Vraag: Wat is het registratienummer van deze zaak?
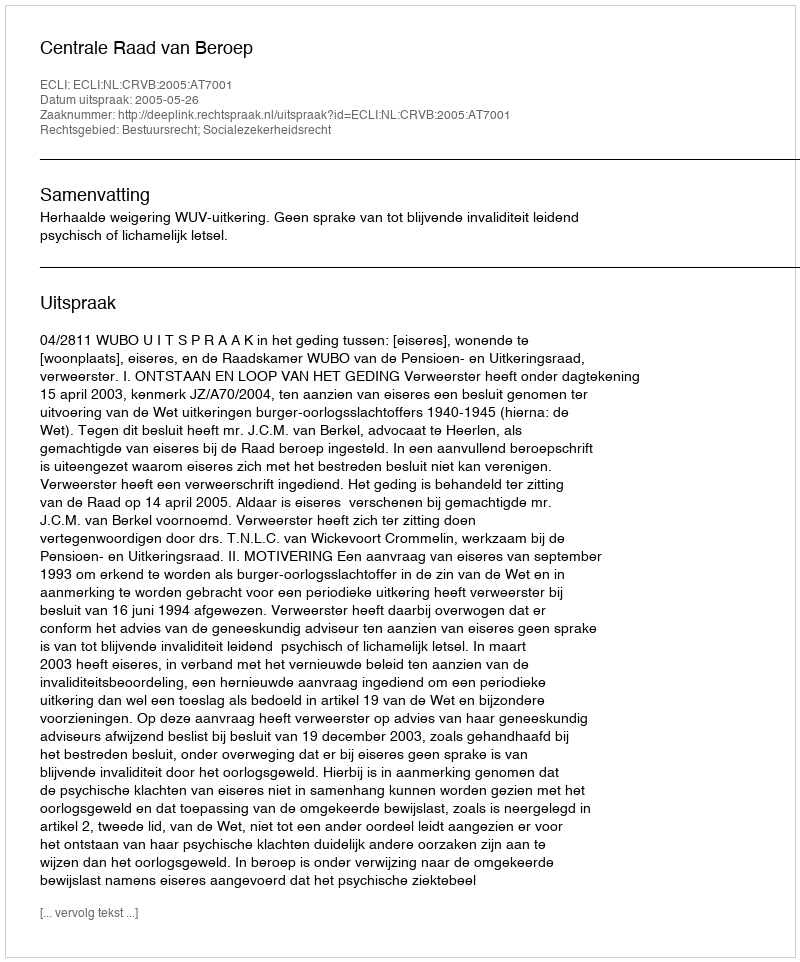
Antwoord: http://deeplink.rechtspraak.nl/uitspraak?id=ECLI:NL:CRVB:2005:AT7001